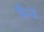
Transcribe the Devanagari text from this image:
फिन्ड